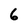
Character: 6